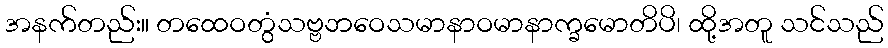
အနက်တည်း။ တထေဝတွံသဗ္ဗဘဝေသမာနာဝမာနာက္ခမောတိပိ၊ ထို့အတူ သင်သည်